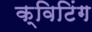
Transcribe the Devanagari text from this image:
क्विटिंग